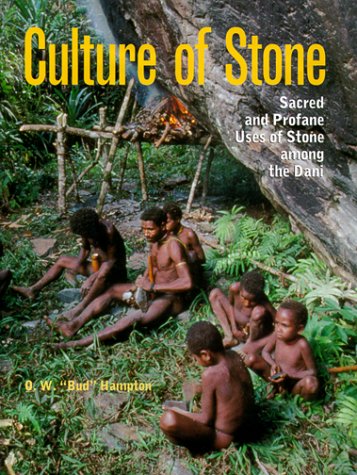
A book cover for Culture of Stone: Sacred and Profane Uses of Stone Among the Dani; O. W. Bud Hampton; History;